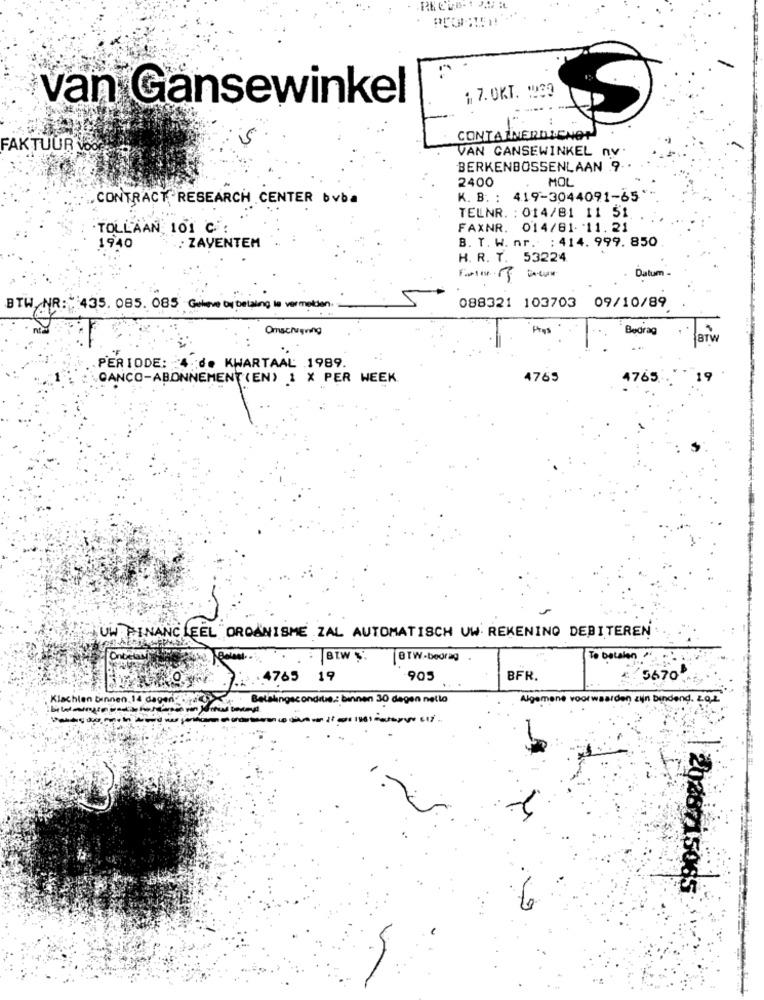
1 7.OKT. 132
van Gansewinkel
CONTAINERDLCNOT
FAKTUURV
VAN GANSEWINKEL nv
BERKENBOSSENLAAN 9-
2400
MOL
.CONTRACT RESEARCH CENTER bvba
K. B. : 419-3044091-65
TELNR. : 014/81 11 51
TOLLAAN 101 C:
FAXNR. 014/81- 11. 21
1940
B. T. W. nr. : 414. 999. 850
: ZAVENTEM
H. R. T. 53224.
Datum
BTW NR: 435. 085. 085 Galave bu betaling le vermelden.
088321 103703 09/10/89
Omschrijving
Phys
Bedrag
BTW
PERIODE: 4 0 KWARTAAL 1989.
CANCO-ABONNEMENT (EN) 1 X PER WEEK
4765
4765
UW FINANCIEEL ORGANISME ZAL AUTOMATISCH UW REKENING DEBITEREN
BTW S.
BTW-bedrag
To balaton "
.4765 19
-905
BFR.
: 5670
Klachten Binnen 14 dagen
Betalingsconditie, binnen 30 degen nello
Algemene voorwaarden zijn bindend. 20,2"